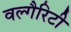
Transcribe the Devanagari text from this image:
वल्गैरिटी